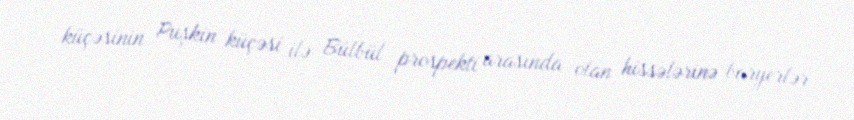
küçəsinin Puşkin küçəsi ilə Bülbül prospekti arasında olan hissələrinə baryerlər